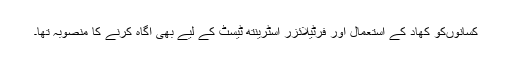
کسانوںکو کھاد کے استعمال اور فرٹیلائزر اسٹرینتھ ٹیسٹ کے لیے بھی آگاہ کرنے کا منصوبہ تھا۔